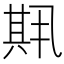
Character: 𫤱